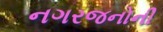
નગરજનોની